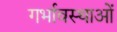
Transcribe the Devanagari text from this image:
गर्भावस्‍थाओं